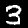
Label: 3